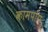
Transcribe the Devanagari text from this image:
कामपोंग